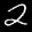
Label: 2